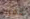
لأمرك